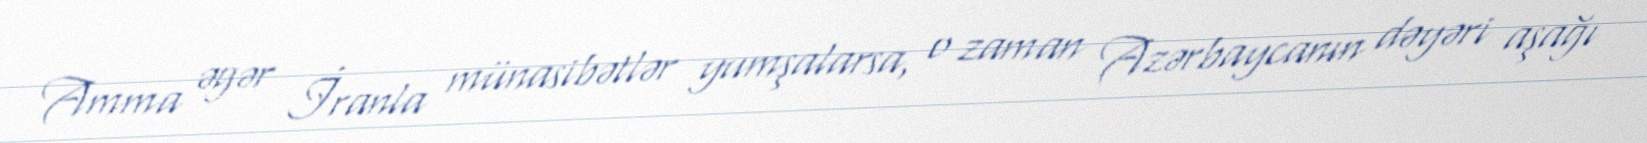
Amma əgər İranla münasibətlər yumşalarsa, o zaman Azərbaycanın dəyəri aşağı